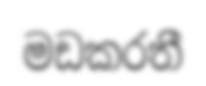
මඩකරතී